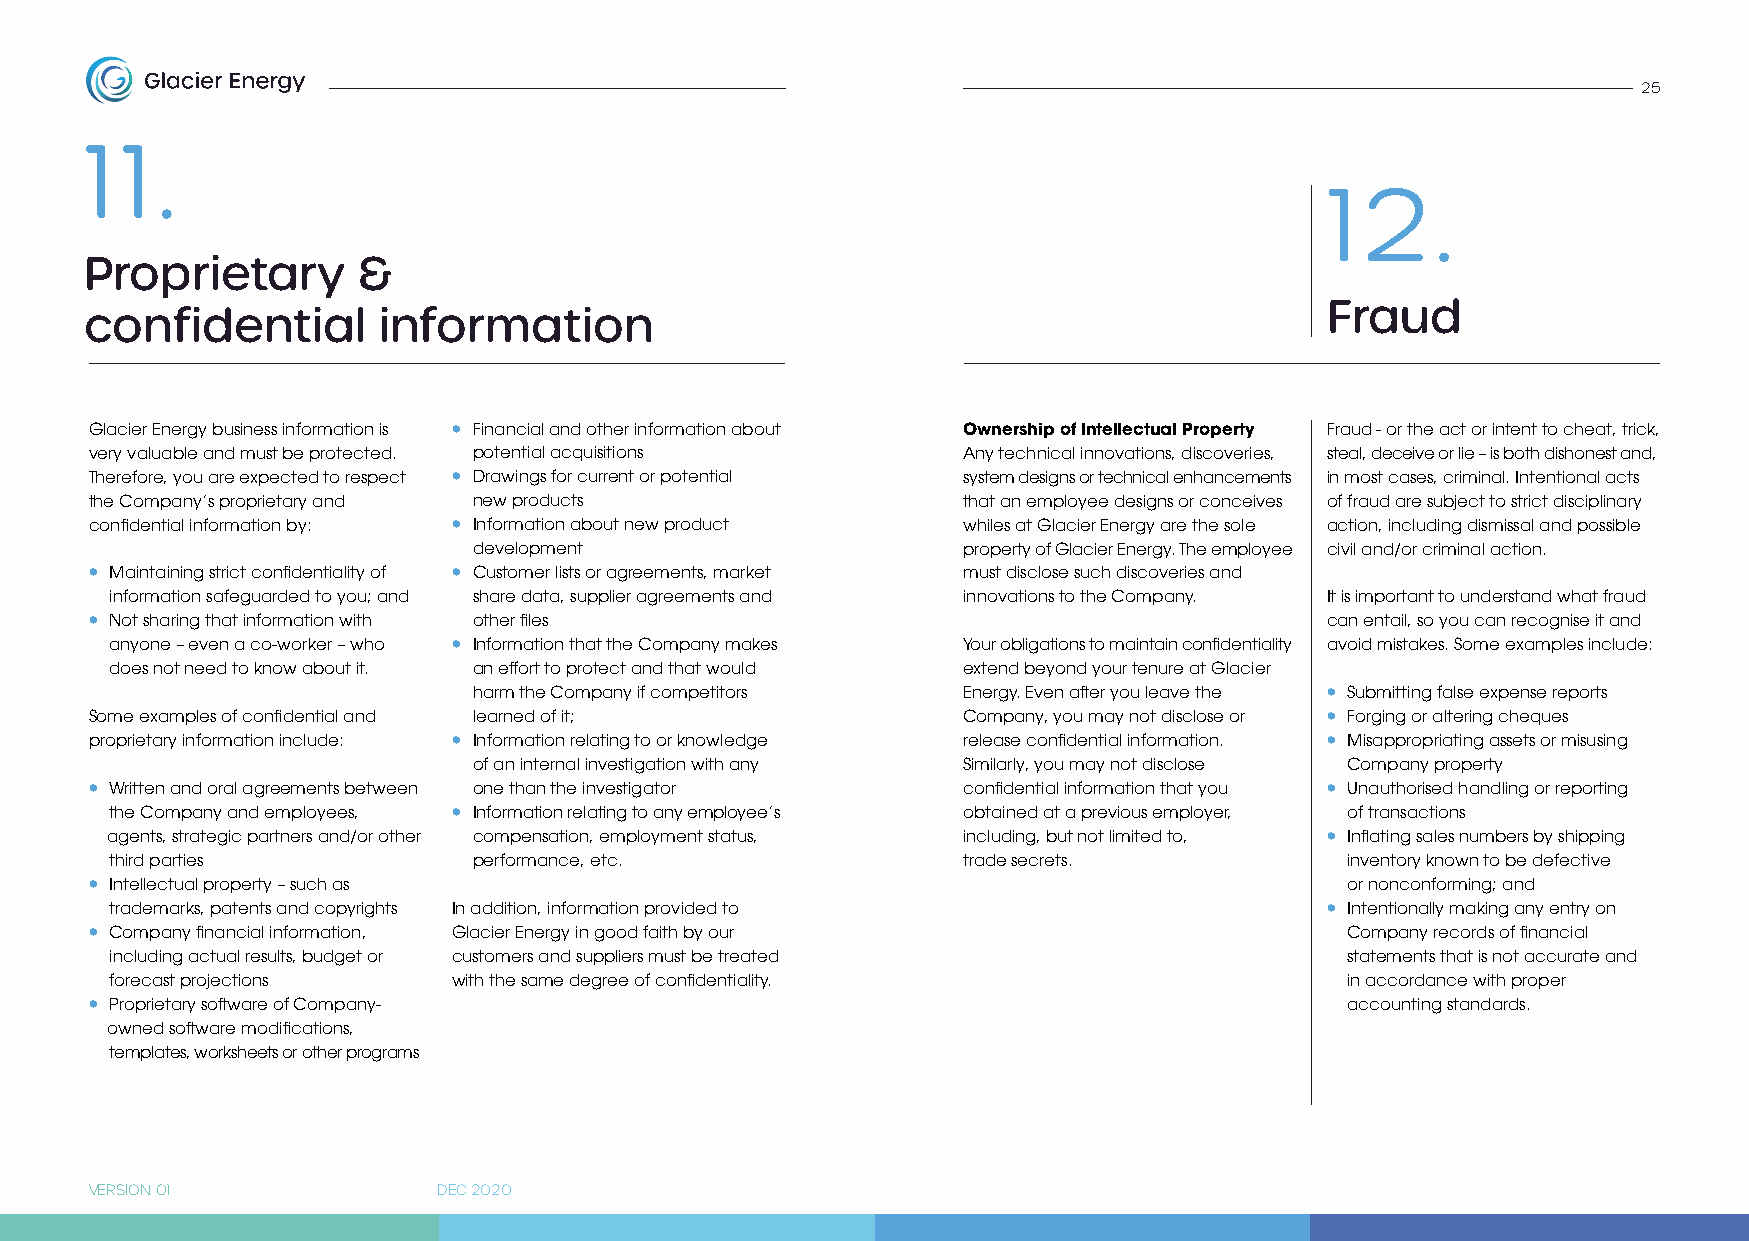
25
 1 1 .
 1 2    .
 Proprietary       &
 Fraud
 confidential       information
 Glacier Energy business information is • Financial and other information about Ownership of Intellectual Property Fraud - or the act or intent to cheat, trick,
 very valuable and must be protected. potential acquisitions Any technical innovations, discoveries, steal, deceive or lie – is both dishonest and,
 Therefore, you are expected to respect • Drawings for current or potential system designs or technical enhancements in most cases, criminal. Intentional acts
 the Company’s proprietary and new products                that an employee designs or conceives of fraud are subject to strict disciplinary
 confidential information by: • Information about new product whiles at Glacier Energy are the sole action, including dismissal and possible
 development                      property of Glacier Energy. The employee civil and/or criminal action.
 • Maintaining strict confidentiality of • Customer lists or agreements, market must disclose such discoveries and
 information safeguarded to you; and share data, supplier agreements and innovations to the Company. It is important to understand what fraud
 • Not sharing that information with other files                                   can entail, so you can recognise it and
 anyone – even a co-worker – who • Information that the Company makes Your obligations to maintain confidentiality avoid mistakes. Some examples include:
 does not need to know about it. an effort to protect and that would extend beyond your tenure at Glacier
 harm the Company if competitors  Energy. Even after you leave the • Submitting false expense reports
 Some examples of confidential and learned of it;          Company, you may not disclose or • Forging or altering cheques
 proprietary information include: • Information relating to or knowledge release confidential information. • Misappropriating assets or misusing
 of an internal investigation with any Similarly, you may not disclose Company property
 • Written and oral agreements between one than the investigator confidential information that you • Unauthorised handling or reporting
 the Company and employees, • Information relating to any employee’s obtained at a previous employer, of transactions
 agents, strategic partners and/or other compensation, employment status, including, but not limited to, • Inflating sales numbers by shipping
 third parties           performance, etc.                trade secrets.           inventory known to be defective
 • Intellectual property – such as                                                  or nonconforming; and
 trademarks, patents and copyrights In addition, information provided to          • Intentionally making any entry on
 • Company financial information, Glacier Energy in good faith by our               Company records of financial
 including actual results, budget or customers and suppliers must be treated       statements that is not accurate and
 forecast projections   with the same degree of confidentiality.                   in accordance with proper
 • Proprietary software of Company-                                                 accounting standards.
 owned software modifications,
 templates, worksheets or other programs
 VERSION 01             DEC 2020